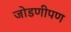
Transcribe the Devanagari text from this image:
जोडणीपण